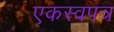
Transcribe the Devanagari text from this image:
एकस्वपत्र